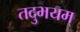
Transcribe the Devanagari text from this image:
तदुभयम्